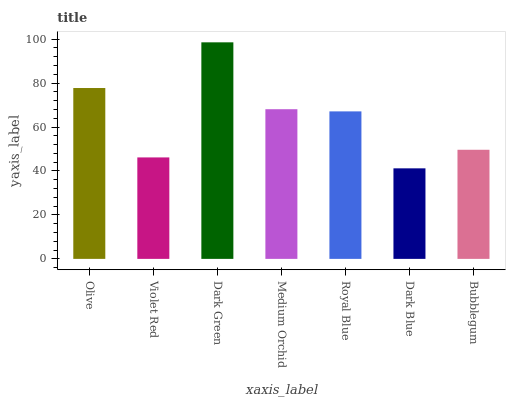
| xaxis_label | bars |
 | --- | --- |
 | Olive | 77.8 |
 | Violet Red | 46.2 |
 | Dark Green | 98.5 |
 | Medium Orchid | 68.1 |
 | Royal Blue | 67.1 |
 | Dark Blue | 41.2 |
 | Bubblegum | 49.7 |